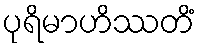
ပုရိမာဟိဿတိံ